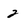
Character: 2